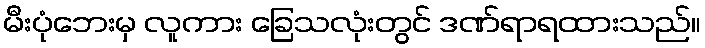
မီးပုံဘေးမှ လူကား ခြေသလုံးတွင် ဒဏ်ရာရထားသည်။